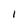
Character: I